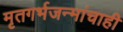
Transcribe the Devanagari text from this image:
मृतगर्भजन्मांचाही